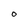
Character: o